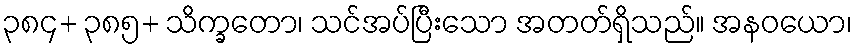
၃၈၄+ ၃၈၅+ သိက္ခတော၊ သင်အပ်ပြီးသော အတတ်ရှိသည်။ အနဝယော၊